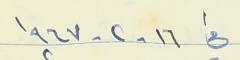
في ١٦ - ٢ -١٩٦٧